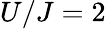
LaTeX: U/J=2